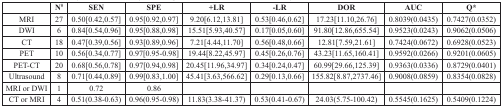
<table><thead><tr><td></td><td><b>N<sup>#</sup></b></td><td><b>SEN</b></td><td><b>SPE</b></td><td><b>+LR</b></td><td><b>-LR</b></td><td><b>DOR</b></td><td><b>AUC</b></td><td><b>Q*</b></td></tr></thead><tbody><tr><td>MRI</td><td>27</td><td>0.50[0.42,0.57]</td><td>0.95[0.92,0.97]</td><td>9.20[6.12,13.81]</td><td>0.53[0.46,0.62]</td><td>17.23[11.10,26.76]</td><td>0.8039(0.0435)</td><td>0.7427(0.0352)</td></tr><tr><td>DWI</td><td>6</td><td>0.84[0.54,0.96]</td><td>0.95[0.88,0.98]</td><td>15.51[5.93,40.57]</td><td>0.17[0.05,0.60]</td><td>91.80[12.86,655.54]</td><td>0.9523(0.0243)</td><td>0.9062(0.0506)</td></tr><tr><td>CT</td><td>18</td><td>0.47[0.39,0.56]</td><td>0.93[0.89,0.96]</td><td>7.21[4.44,11.70]</td><td>0.56[0.48,0.66]</td><td>12.81[7.59,21.61]</td><td>0.7424(0.0672)</td><td>0.6928(0.0523)</td></tr><tr><td>PET</td><td>10</td><td>0.56[0.34,0.77]</td><td>0.97[0.95-0.98]</td><td>19.44[8.22,45.97]</td><td>0.45[0.26,0.76]</td><td>43.23[11.65,160.41]</td><td>0.9592(0.0266)</td><td>0.9201(0.0605)</td></tr><tr><td>PET-CT</td><td>20</td><td>0.68[0.56,0.78]</td><td>0.97[0.94,0.98]</td><td>20.45[11.96,34.97]</td><td>0.34[0.24,0.47]</td><td>60.99[29.66,125.39]</td><td>0.9363(0.0336)</td><td>0.8729(0.0401)</td></tr><tr><td>Ultrasound</td><td>8</td><td>0.71[0.44,0.89]</td><td>0.99[0.83,1.00]</td><td>45.41[3.63,566.62]</td><td>0.29[0.13,0.66]</td><td>155.82[8.87,2737.46]</td><td>0.9008(0.0859)</td><td>0.8354(0.0828)</td></tr><tr><td>MRI or DWI</td><td>1</td><td>0.72</td><td>0.86</td><td></td><td></td><td></td><td></td><td></td></tr><tr><td>CT or MRI</td><td>4</td><td>0.51(0.38-0.63)</td><td>0.96(0.95-0.98)</td><td>11.83(3.38-41.37)</td><td>0.53(0.41-0.67)</td><td>24.03(5.75-100.42)</td><td>0.5545(0.1625)</td><td>0.5409(0.1224)</td></tr></tbody></table>